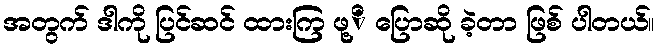
အတွက် ဒါကို ပြင်ဆင် ထားကြ ဖု့ိ ပြောဆို ခဲ့တာ ဖြစ် ပါတယ်။